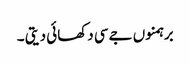
برہمنوں جےسی دکھائی دیتی ۔